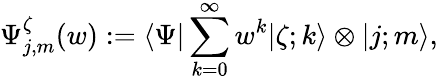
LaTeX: \Psi_{j,m}^{\zeta}(w):=\langle\Psi\vert\sum_{k=0}^{\infty}w^{k}\vert\zeta;k\rangle\otimes\vert j;m\rangle,